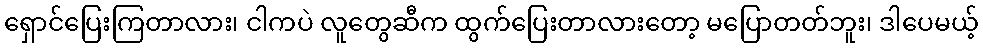
ရှောင်ပြေးကြတာလား၊ ငါကပဲ လူတွေဆီက ထွက်ပြေးတာလားတော့ မပြောတတ်ဘူး၊ ဒါပေမယ့်